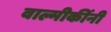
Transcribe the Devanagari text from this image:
वाल्मीकींनी